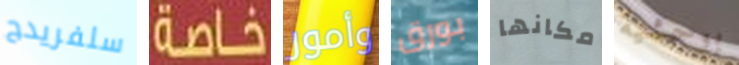
سلفريدج خاصة وأمور بورق مكانها بوحشية